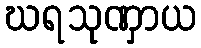
ဃရသုဏှာယ